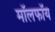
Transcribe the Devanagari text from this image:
मॉलफॉय